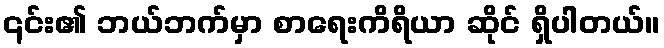
၎င်း၏ ဘယ်ဘက်မှာ စာရေးကိရိယာ ဆိုင် ရှိပါတယ်။